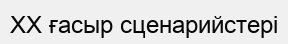
XX ғасыр сценарийстері